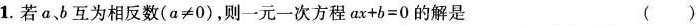
1. 若 a、b 互为相反数$$( a ≠ 0 )$$，则一元一次方程 $$a x + b = 0$$的解是 ( )